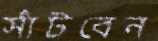
সাঁটবেন